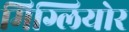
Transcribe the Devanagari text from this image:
मिग्लियोर